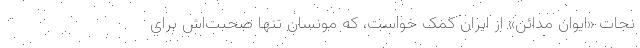
نجات «ایوان مدائن» از ایران کمک خواست، که مونسان تنها صحبت‌اش برای